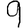
Digit: 9